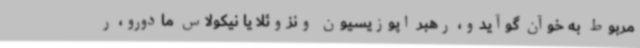
مربوط به خوآن گوآیدو، رهبر اپوزیسیون ونزوئلا یا نیکولاس مادورو، ر